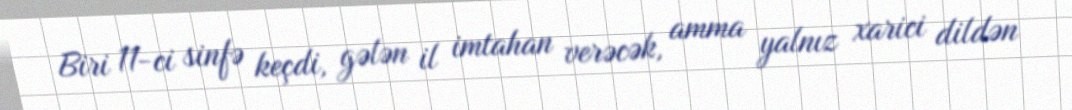
Biri 11-ci sinfə keçdi, gələn il imtahan verəcək, amma yalnız xarici dildən